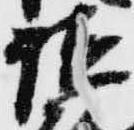
讃